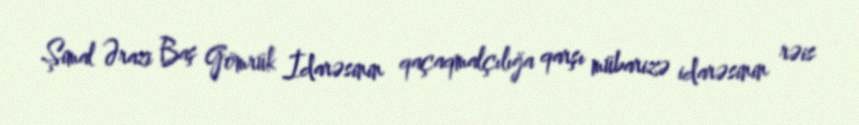
Şimal Ərazi Baş Gömrük İdarəsinin qaçaqmalçılığa qarşı mübarizə idarəsinin rəis